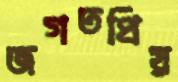
জগতপ্রিয়